Sketch of the medical history of the native army of Bombay, for the year
Year: 1872
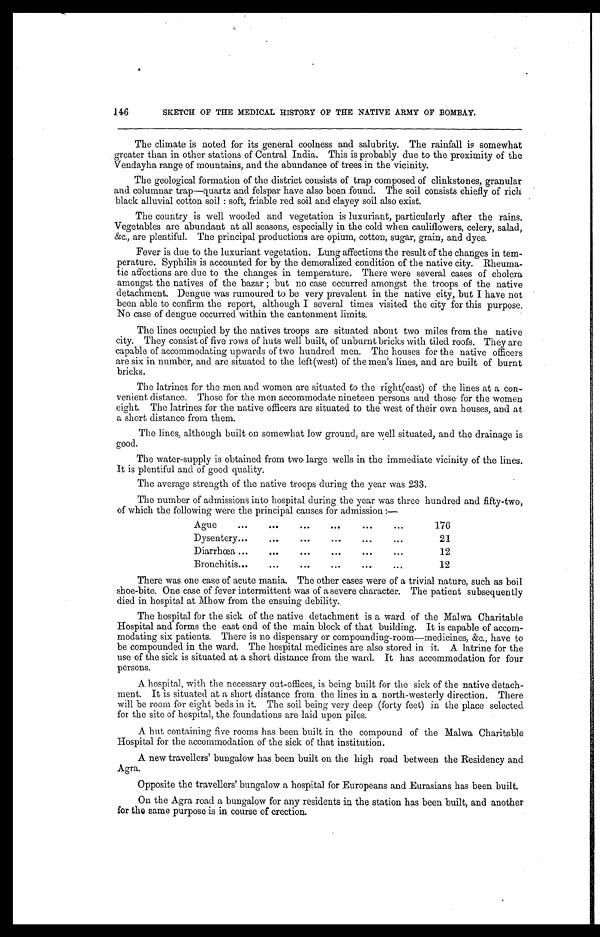
146
SKETCH OF THE MEDICAL HISTORY OF THE NATIVE ARMY OF BOMBAY.
The climate is noted for its general coolness and salubrity. The rainfall is somewhat
greater than in other stations of Central India. This is probably due to the proximity of the
Vendayha range of mountains, and the abundance of trees in the vicinity.
The geological formation of the district consists of trap composed of clinkstones, granular
and columnar trap—quartz and felspar have also been found. The soil consists chiefly of rich
black alluvial cotton soil : soft, friable red soil and clayey soil also exist.
The country is well wooded and vegetation is luxuriant, particularly after the rains.
Vegetables are abundant at all seasons, especially in the cold when cauliflowers, celery, salad,
&c., are plentiful. The principal productions are opium, cotton, sugar, grain, and dyes.
Fever is due to the luxuriant veg vegetation. Lung affections the result of the changes in tem
-perature. Syphilis is accounted for by the demoralized condition of the native city. Rheuma-
- t i c a f f e c t i o n s a r e d u e t o t h e c h a n g e s i n t e m p e r a t u r e . T h e r e w e r e s e v e r a l c a s e s o f c h o l e r a
amongst the natives of the bazar ; but no case occurred amongst the troops of the native
detachment. Dengue was rumoured to be very prevalent in the native city, but I have not
been able to confirm the report, although I several times visited the city for this purpose.
No case of dengue occurred within the cantonment limits.
The lines occupied by the natives troops are situated about two miles from the native
city. They consist of five rows of huts well built, of unburnt bricks with tiled roofs. They are
capable of accommodating upwards of two hundred men. The houses for the native officers
are six in number, and are situated to the left(west) of the men's lines, and are built of burnt
bricks.
The latrines for the men and women are situated to the right(east) of the lines at a con-
- v e n i e n t d i s t a n c e . T h o s e f o r t h e m e n a c c o m m o d a t e n i n e t e e n p e r s o n s a n d t h o s e f o r t h e w o m e n
eight. The latrines for the native officers are situated to the west of their own houses, and at
a short distance from them.
The lines, although built on somewhat low ground, are well situated, and the drainage is
good.
The water-supply is obtained from two large wells in the immediate vicinity of the lines.
It is plentiful and of good quality.
The average strength of the native troops during the year was 233.
The number of admissions into hospital during the year was three hundred and fifty-two
of which the following were the principal causes for admission :—
Ague
.
.
.
176
Dysentery . . .
21
Diarrhœa . . .
12
Bronchitis . . .
12
There was one case of acute mania. The other cases were of a trivial nature, such as boil
shoe-bite. One case of fever intermittent was of a severe character. The patient subsequently
died in hospital at Mhow from the ensuing debility.
The hospital for the sick of the native detachment is a ward of the Malwa Charitable
Hospital and forms the east end of the main block of that building. It is capable of accom--
modating six patients. There is no dispensary or compounding-room—medicines, &c., have to
be compounded in the ward. The hospital medicines are also stored in it. A latrine for the
use of the sick is situated at a short distance from the ward. It has accommodation for four
persons.
A hospital, with the necessary out-offices, is being built for the sick of the native detach--
ment. It is situated at a short distance from the lines in a north-westerly direction. There
will be room for eight beds in it. The soil being very deep (forty feet) in the place selected
for the site of hospital, the foundations are laid upon piles.
A hut containing five rooms has been built in the compound of the Malwa Charitable
Hospital for the accommodation of the sick of that institution.
A new travellers' bungalow has been built on the high road between the Residency and
Agra.
Opposite the travellers' bungalow a hospital for Europeans and Eurasians has been built.
On the Agra road a bungalow for any residents in the station has been built, and another
for the same purpose is in course of erection.